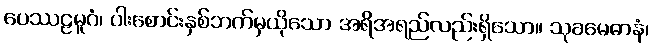
ပေဿဠမူဂံ၊ ပါးစောင်းနှစ်ဘက်မှယိုသော အရိအရည်လည်းရှိသော။ သုခမေဓာနံ၊